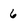
Character: 6